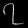
Digit: ၇